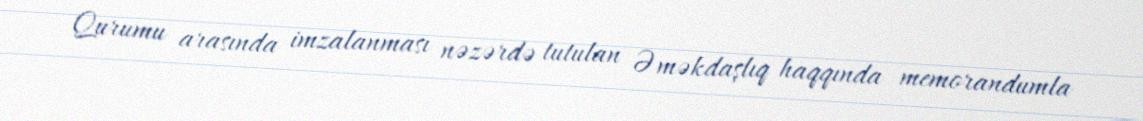
Qurumu arasında imzalanması nəzərdə tutulan Əməkdaşlıq haqqında memorandumla